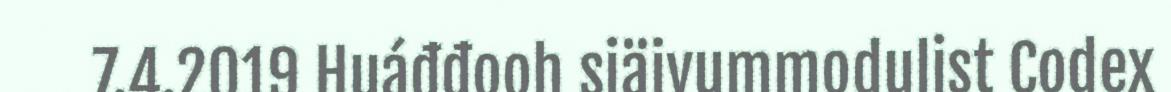
7.4.2019 Huáđđooh siäivummodulist Codex